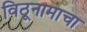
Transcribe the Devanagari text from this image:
विठूनामाचा